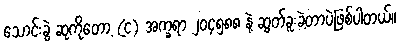
သောင်းခွဲ ဆုကိုတော့ (င) အက္ခရာ ၂၀၄၅၈၈ နဲ့ ဆွတ်ခူးခဲ့တာပဲဖြစ်ပါတယ်။